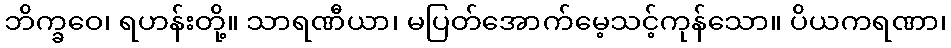
ဘိက္ခဝေ၊ ရဟန်းတို့။ သာရဏီယာ၊ မပြတ်အောက်မေ့သင့်ကုန်သော။ ပိယကရဏာ၊